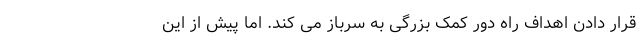
قرار دادن اهداف راه دور کمک بزرگی به سرباز می کند. اما پیش از این